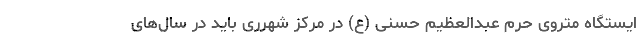
ایستگاه متروی حرم عبدالعظیم حسنی (ع) در مرکز شهرری باید در سال‌های